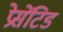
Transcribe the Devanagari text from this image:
प्रेसेंटिड